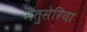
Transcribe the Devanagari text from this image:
मेतुसेरिया